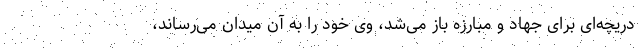
دریچه‌ای برای جهاد و مبارزه باز می‌شد، وی خود را به آن میدان می‌رساند،